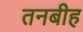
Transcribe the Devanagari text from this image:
तनबीह